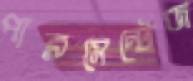
পারসেন্টেজ